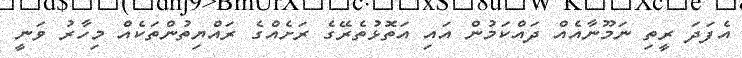
އެފަދަ ރީތި ނަމޫނާއެއް ދައްކަމުން އައި އަތޮޅުތެރޭގެ ރަށެއްގެ ރައްޔިތުންތަކެއް މިހާރު ވަނީ